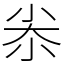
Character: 尜